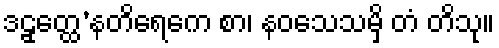
ဒဠှတ္ထေ’နတိရေကေ စာ၊ နဝသေသမှိ တံ တိသု။